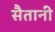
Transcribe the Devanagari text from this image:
सैतानी